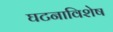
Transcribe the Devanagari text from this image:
घटनाविशेष